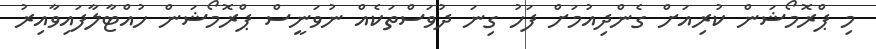
މި ޕްރޮމޯޝަން ކުރިއަށް ގެންދިއުމަށް ފަހު ގިނަ ދުވަސްތަކެއް ނުވަނީސް ޕްރޮމޯޝަން ހުއްޓާލާފައިވާއިރު